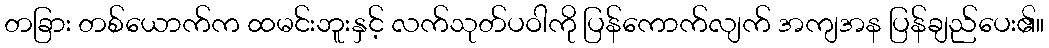
တခြား တစ်ယောက်က ထမင်းဘူးနှင့် လက်သုတ်ပဝါကို ပြန်ကောက်လျက် အကျအန ပြန်ချည်ပေး၏။